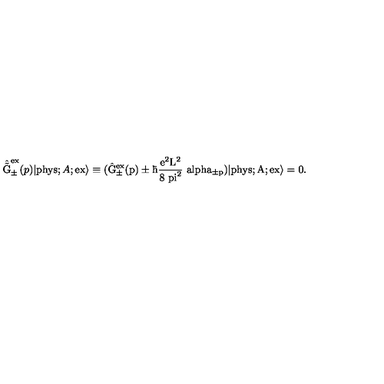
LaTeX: \hat { \tilde { \mathrm { G } } } _ { \pm } ^ { \mathrm { e x } } ( p ) | \mathrm { p h y s } ; A ; \mathrm { e x \rangle \equiv ( \hat { \mathrm { G } } _ { \pm } ^ { \mathrm { e x } } ( p ) \pm \hbar \frac { e ^ { 2 } \mathrm { L } ^ { 2 } } { 8 { \ p i } ^ { 2 } } \ a l p h a _ { \pm p } ) | \mathrm { p h y s } ; A ; \mathrm { e x \rangle = 0 . } }